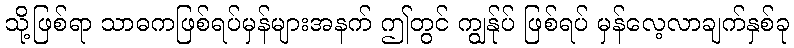
သို့ဖြစ်ရာ သာဓကဖြစ်ရပ်မှန်များအနက် ဤတွင် ကျွန်ုပ် ဖြစ်ရပ် မှန်လေ့လာချက်နှစ်ခု